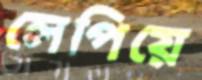
লেপিয়ে